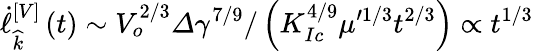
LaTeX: \dot{\ell}_{\widehat{k}}^{\left[V\right]}\left(t\right)\sim V_{o}^{2/3}\varDelta\gamma^{7/9}/\left(K_{Ic}^{4/9}\mu^{\prime 1/3}t^{2/3}\right)\propto t^{1/3}